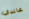
غاندي